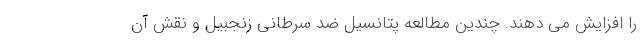
را افزایش می دهند. چندین مطالعه پتانسیل ضد سرطانی زنجبیل و نقش آن